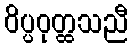
ဝိပ္ပဝုတ္ထသညီ